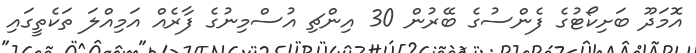
އޮމަދޫ ބަށިކޯޓުގެ ފެންސުގެ ބޭރުން 30 އިންޗި އުސްމިނުގެ ފާރެއް އަމިއްލަ ތަކެތީގައި